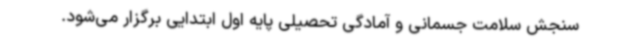
سنجش سلامت جسمانی و آمادگی تحصیلی پایه اول ابتدایی برگزار می‌شود.